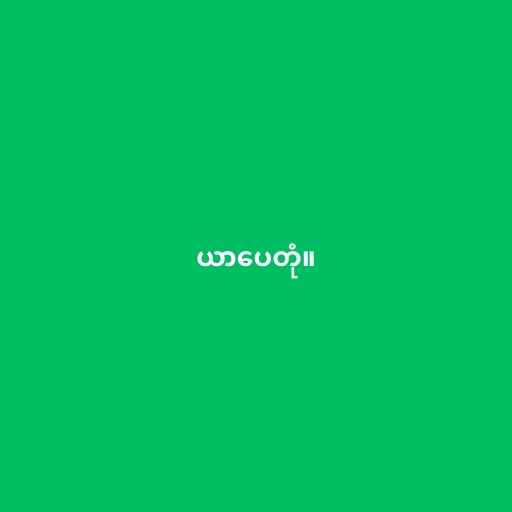
ယာပေတုံ။